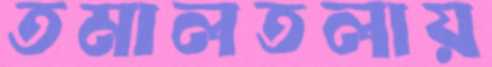
তমালতলায়